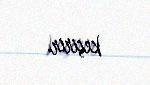
keçirir.